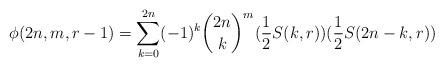
LaTeX: \begin{align*}\phi(2n,m,r-1)=\sum_{k=0}^{2n}(-1)^k\binom{2n}{k}^m( \frac{1}{2}S(k,r))(\frac{1}{2}S(2n-k,r))\end{align*}